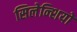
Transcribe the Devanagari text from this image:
सिलेन्शियो